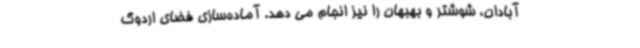
آبادان، شوشتر و بهبهان را نیز انجام می دهد. آماده‌سازی فضای اردوگ